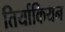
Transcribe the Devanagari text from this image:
तिर्याकियन